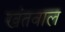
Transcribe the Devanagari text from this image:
खंतवाल